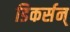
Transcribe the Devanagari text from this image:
डिकर्सन्